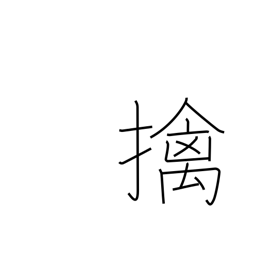
Meaning: a captive